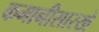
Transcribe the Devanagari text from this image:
कमानीसारखे